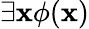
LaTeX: \exists\mathbf{x}\phi(\mathbf{x})